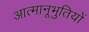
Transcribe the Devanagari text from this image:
आत्मानूभुतियों